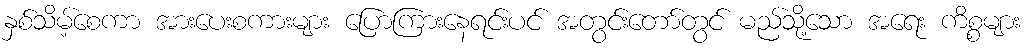
နှစ်သိမ့်စေကာ အားပေးစကားများ ပြောကြားနေရင်းပင် အတွင်းတော်တွင် မည်သို့သော အရေး ကိစ္စများ